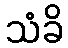
သံခိ